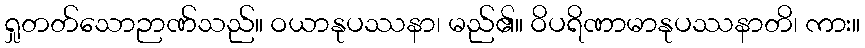
ရှုတတ်သောဉာဏ်သည်။ ဝယာနုပဿနာ၊ မည်၏။ ဝိပရိဏာမာနုပဿနာတိ၊ ကား။